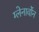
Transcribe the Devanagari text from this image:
ग्लेनार्वोन